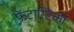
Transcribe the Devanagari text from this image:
फेंटास्टिका